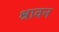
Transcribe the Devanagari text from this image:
श्रावन